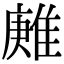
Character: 𨿶